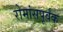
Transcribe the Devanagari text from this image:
रोमांसपूर्वक